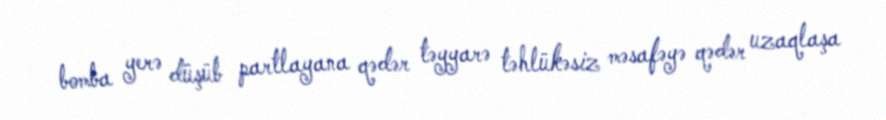
bomba yerə düşüb partlayana qədər təyyarə təhlükəsiz məsafəyə qədər uzaqlaşa